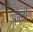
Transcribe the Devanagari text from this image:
आँखीय